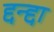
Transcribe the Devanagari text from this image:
द्दन्द्दा